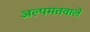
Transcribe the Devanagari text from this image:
अल्पमतवाले